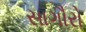
સાગૌરો